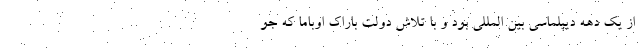
از یک دهه دیپلماسی بین المللی بود و با تلاش دولت باراک اوباما که جو